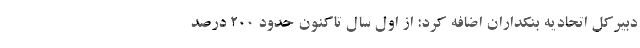
دبیرکل اتحادیه بنکداران اضافه کرد: از اول سال تاکنون حدود ۲۰۰ درصد